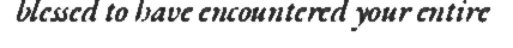
blessed to have encountered your entire